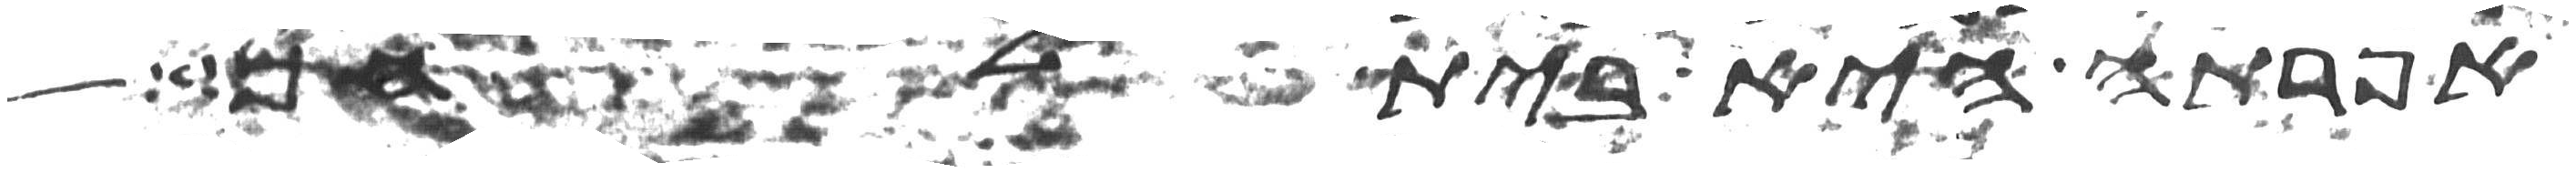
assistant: אפרתה היא בית לחם